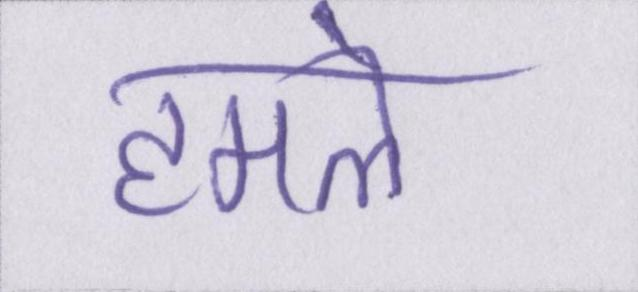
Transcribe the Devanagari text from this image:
हमले